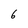
Character: 6